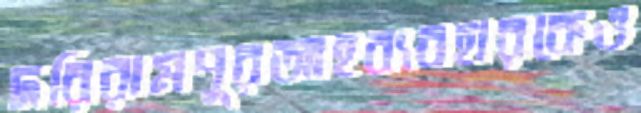
দরিরামপুরআহব্যবহারকেও